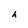
Character: h